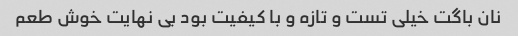
نان باگت خیلی تست و تازه و با کیفیت بود بی نهایت خوش طعم